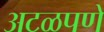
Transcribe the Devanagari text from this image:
अटळपणे